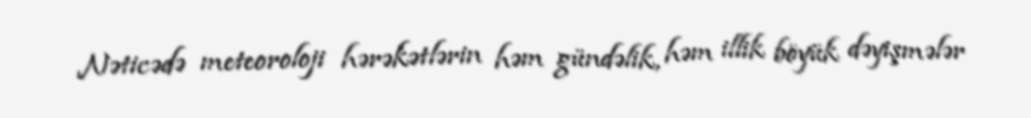
Nəticədə meteoroloji hərəkətlərin həm gündəlik, həm illik böyük dəyişmələr